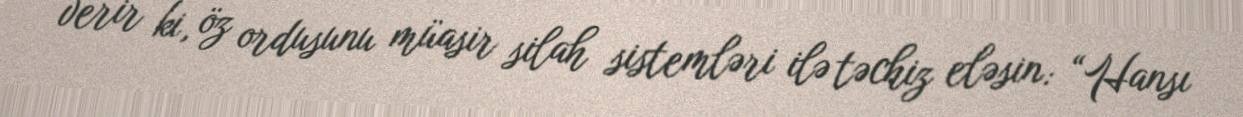
verir ki, öz ordusunu müasir silah sistemləri ilə təchiz eləsin: “Hansı